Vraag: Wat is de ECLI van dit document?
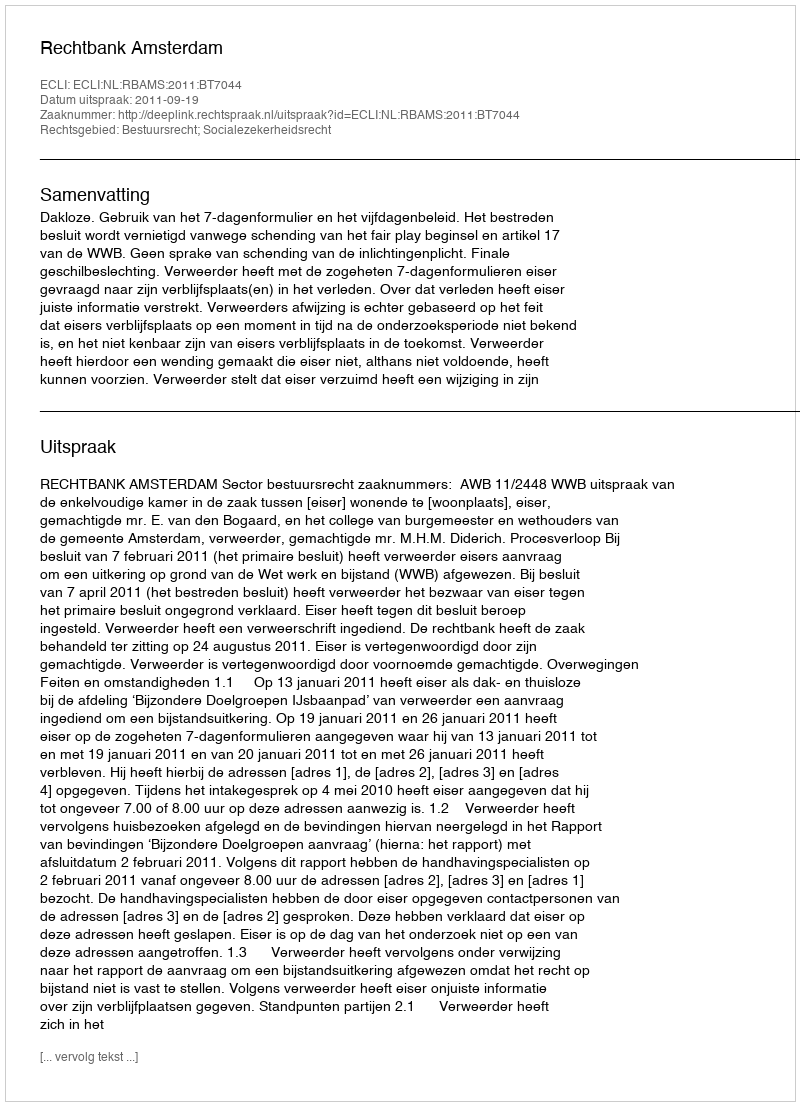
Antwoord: ECLI:NL:RBAMS:2011:BT7044